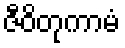
ဇီဝိတုကာမံ